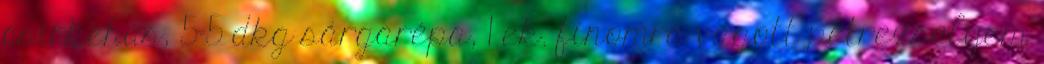
csirkehús, 5-5 dkg sárgarépa, 1 ek. finomra vágott petrezselyem